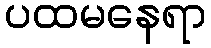
ပထမနေရာ